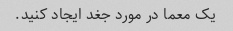
یک معما در مورد جغد ایجاد کنید.